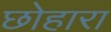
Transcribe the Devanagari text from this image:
छोहारा